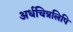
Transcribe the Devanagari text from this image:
अर्धचित्रलिपि